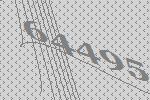
64495